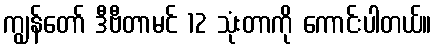
ကျွန်တော် ဒီဗီတာမင် 12 သုံးတာကို ကောင်းပါတယ်။